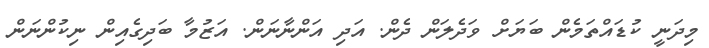
މިދަނީ ކުޑައްތަމެން ބަޔަށް ވަދެލަން ދެން. އަދި އަންނާނަން. އަޒުމާ ބަދިގެއިން ނިކުންނަން